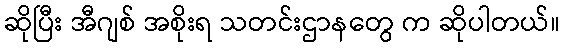
ဆိုပြီး အီဂျစ် အစိုးရ သတင်းဌာနတွေ က ဆိုပါတယ်။